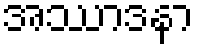
အဿာဒနာ